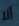
ألا